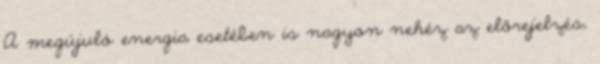
A megújuló energia esetében is nagyon nehéz az előrejelzés,